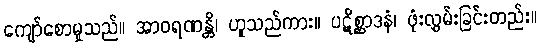
ကျော်စောမှုသည်။ အာဝရဏန္တိ၊ ဟူသည်ကား။ ပဋိစ္ဆာဒနံ၊ ဖုံးလွှမ်းခြင်းတည်း။